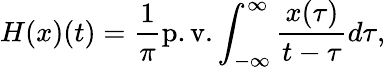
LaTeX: H(x)(t)=\frac{1}{\pi}\mathrm{p.v.}\int_{-\infty}^{\infty}\frac{x(\tau)}{t-\tau}d\tau,